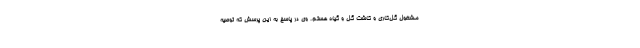
مشغول گل‌کاری و کاشت گل و گیاه هستم. وی در پاسخ به این پرسش که توصیه